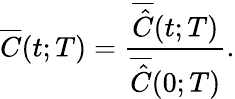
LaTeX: \overline{{C}}(t;T)=\frac{\overline{{\hat{C}}}(t;T)}{\overline{{\hat{C}}}(0;T)}.